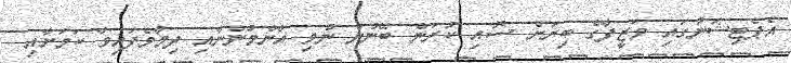
އެޕެޓިޝަނުގައި ވަޒީފާގެ ބިރަށް ސޮއި ކުރަން ބޭނުން ނުވި އާންމުންނާއި ދިމާވެފައިވާ ކަމަށާއި